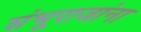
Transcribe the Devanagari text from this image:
शंभूराजांना